Scientific memoirs by medical officers of the Army of India - Part X,
Year: 1897
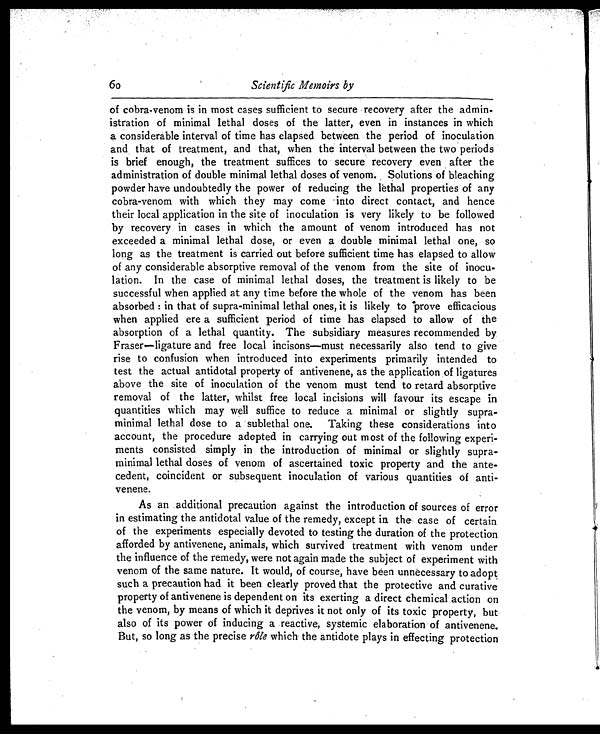
60
Scientific Memoirs by
of cobra-venom is in most cases sufficient to secure recovery after the admin-
istration of minimal lethal doses of the latter, even in instances in which
a considerable interval of time has elapsed between the period of inoculation
and that of treatment, and that, when the interval between the two periods
is brief enough, the treatment suffices to secure recovery even after the
administration of double minimal lethal doses of venom. Solutions of bleaching
powder have undoubtedly the power of reducing the lethal properties of any
cobra-venom with which they may come into direct contact, and hence
their local application in the site of inoculation is very likely to be followed
by recovery in cases in which the amount of venom introduced has not
exceeded a minimal lethal dose, or even a double minimal lethal one, so
long as the treatment is carried out before sufficient time has elapsed to allow
of any considerable absorptive removal of the venom from the site of inocu-
lation. In the case of minimal lethal doses, the treatment is likely to be
successful when applied at any time before the whole of the venom has been
absorbed : in that of supra-minimal lethal ones, it is likely to prove efficacious
when applied ere a sufficient period of time has elapsed to allow of the
absorption of a lethal quantity. The subsidiary measures recommended by
Fraser—ligature and free local incisons—must necessarily also tend to give
rise to confusion when introduced into experiments primarily intended to
test the actual antidotal property of antivenene, as the application . of ligatures
above the site of inoculation of the venom must tend to retard absorptive
removal of the latter, whilst free local incisions will favour its escape in
quantities which may well suffice to reduce a minimal or slightly supra-
minimal lethal dose to a sublethal one. Taking these considerations into
account, the procedure adopted in carrying out most of the following experi-
ments consisted simply in the introduction of minimal or slightly supra-
minimal lethal doses of venom of ascertained toxic property and the ante-
cedent, coincident or subsequent inoculation of various quantities of anti-
venene.
As an additional precaution against the introduction of sources of error
in estimating the antidotal value of the remedy, except in the case of certain
of the experiments especially devoted to testing the duration of the protection
afforded by antivenene, animals, which survived treatment with venom under
the influence of the remedy, were not again made the subject of experiment with
venom of the same nature. It would, of course, have been unnecessary to adopt
such a precaution had it been clearly proved that the protective and curative
property of antivenene is dependent on its exerting a direct chemical action on
the venom, by means of which it deprives it not only of its toxic property, but
also of its power of inducing a reactive, systemic elaboration of antivenene.
But, so long as the precise rôle which the antidote plays in effecting protection